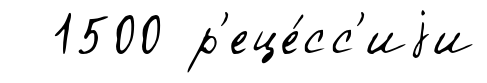
1500 р'еце́сс'иjи